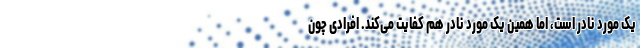
یک مورد نادر است، اما همین یک مورد نادر هم کفایت می‌کند. افرادی چون